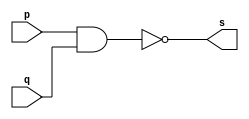
// --------------------- 
// Extra1.v - nor 
// Nome: Gustavo Jota Resende 
// --------------------- 
// --------------------- 
// -- xor gate 
// --------------------- 
module norgate (output [0:3] s, 
input [0:3] p, 
input [0:3] q); 
assign s =~(p & q); 
endmodule // nor 
// --------------------- 
// -- test norgate 
// --------------------- 
module testnorgate; 
// ------------------------- dados locais 
reg [0:3] a,b; // definir registrador 
wire [0:3] s; // definir conexao (fio) 
// ------------------------- instancia 
norgate NOR1 (s, a, b); 
// ------------------------- preparacao 
initial begin:start 
a=4'b0011; // 4 valores binarios 
b=4'b0101; // 4 valores binarios 
end 
// ------------------------- parte principal 
initial begin:main 
$display("Exta1 - Gustavo Jota Resende - 427413"); 
$display("Test nor gate"); 
$display("\n a ^ b = s\n"); 
$monitor("%b ^ %b = %b", a, b, s); 
#1 a=0; b=0; // valores decimais 
#1 a=4'b0010; b=4'b0001; // valores binarios 
#1 a=4'd1; b=3; // decimal e decimal 
#1 a=4'o5; b=2; // octal e decimal 
#1 a=4'hA; b=3; // hexadecimal e decimal 
#1 a=4'h9; b=4'o3; // hexadecimal e octal 
end 
endmodule // testnorgate 

// 
// Versao Teste 
// 0.1 01. ( OK ) identificacao de programa 
// Resultados: 0011 ^ 0101 = 1110, 0000 ^ 0000 = 1111, 0010 ^ 0001 = 1111, 0001 ^ 0011 = 1110, 0101 ^ 0010 = 1111, 1010 ^ 0011 = 1101, 1001 ^ 0011 = 1110